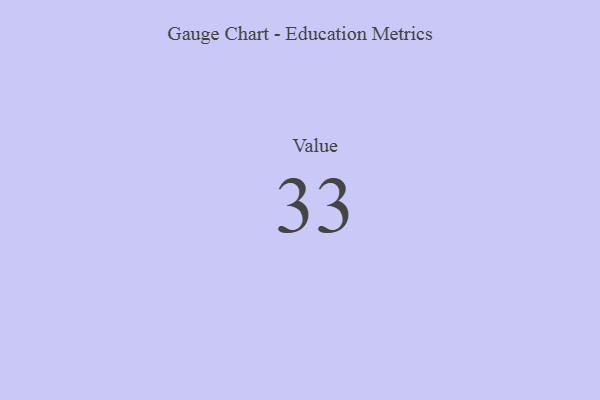
{"axis": {"x": "Metric", "y": "Value"}, "legend": [""], "data": [{"x": "Value", "y": 33, "type": ""}]}